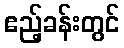
ဧည့်ခန်းတွင်